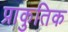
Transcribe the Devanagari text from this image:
प्राकुतिक